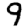
Digit: 9